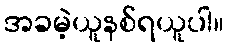
အခမဲ့ယူနစ်ရယူပါ။